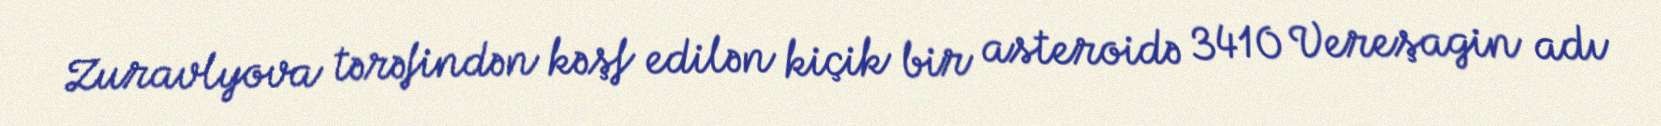
Zuravlyova tərəfindən kəşf edilən kiçik bir asteroidə 3410 Vereşagin adı